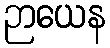
ဉာယေန